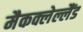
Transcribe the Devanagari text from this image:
मैकक्लेल्लैंड